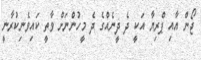
ޖޯން އާއި ޕްރިޔާ އަކީ ދެ ދީނެއްގެ ދެ މީހުންނަށް ވާތީ ކައިވެނިކުރާނީ